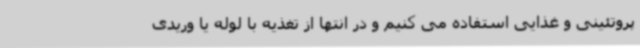
پروتئینی و غذایی استفاده می کنیم و در انتها از تغذیه با لوله یا وریدی